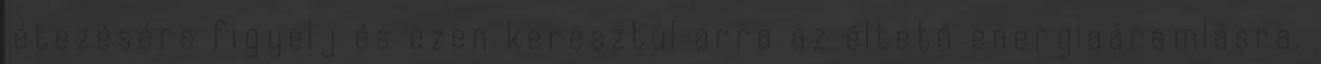
létezésére figyelj és ezen keresztül arra az éltető energiaáramlásra,